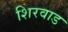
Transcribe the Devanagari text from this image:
शिरवाड